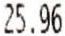
25.96